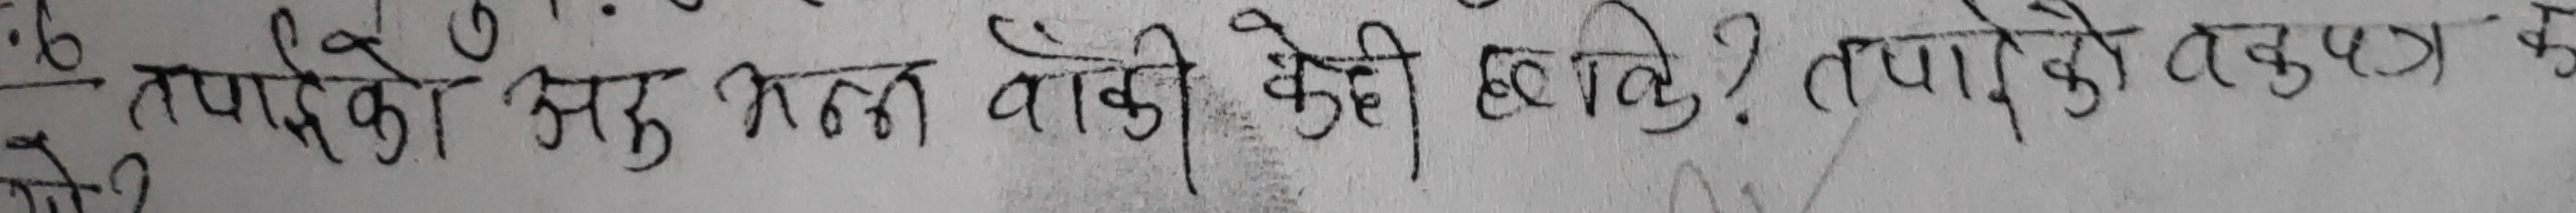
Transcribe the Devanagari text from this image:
तपाईको अरू भन्न बाँकी केही छ? तपाईको तर्कका